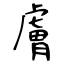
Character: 膚